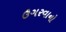
ઉગરવાનો